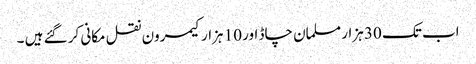
اب تک 30 ہزار مسلمان چاڈ اور 10 ہزار کیمرون نقل مکانی کر گئے ہیں ۔